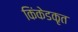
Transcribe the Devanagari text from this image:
किंकेडकृत